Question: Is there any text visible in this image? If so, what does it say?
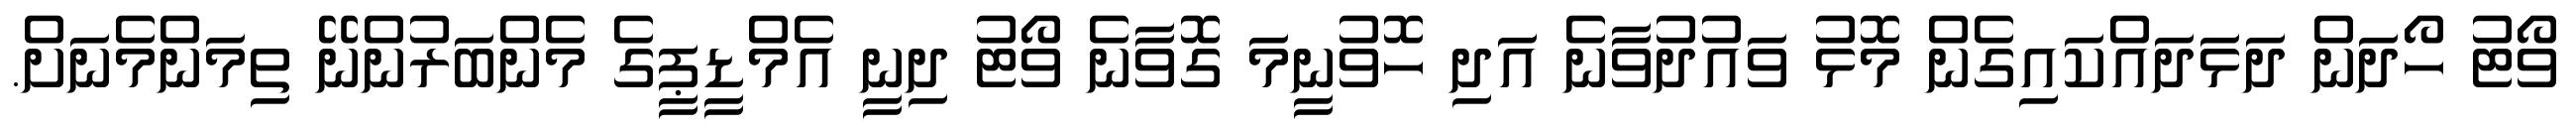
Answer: ވޯޓު ހޯދަން ދަޅަދައްކައިގެން މޮޅު ވައުދުވާނެ އަދި ހޮވުނީމަ ގޮވާނެ ވޯޓު ދިނީ އެމްޑީޕީގެ މެންބަރުންނޭ ތިމަންމެނަށް.